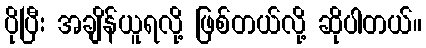
ပိုပြီး အချိန်ယူရလို့ ဖြစ်တယ်လို့ ဆိုပါတယ်။